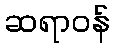
ဆရာဝန်